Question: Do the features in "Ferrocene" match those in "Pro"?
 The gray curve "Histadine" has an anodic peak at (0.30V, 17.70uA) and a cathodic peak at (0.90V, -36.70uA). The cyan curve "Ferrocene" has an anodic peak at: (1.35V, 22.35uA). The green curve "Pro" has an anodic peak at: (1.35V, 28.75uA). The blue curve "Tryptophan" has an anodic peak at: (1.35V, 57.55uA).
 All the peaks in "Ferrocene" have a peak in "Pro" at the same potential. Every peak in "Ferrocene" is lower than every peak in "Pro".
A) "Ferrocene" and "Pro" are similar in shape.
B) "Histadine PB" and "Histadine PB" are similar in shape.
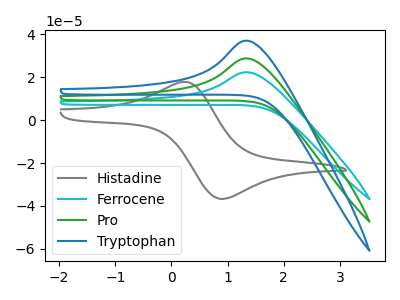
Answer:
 <answer>A) "Ferrocene" and "Pro" are similar in shape.</answer>
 <eval>A</eval>